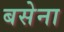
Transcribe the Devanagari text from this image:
बसेना